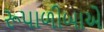
રૂપાળીબાએ